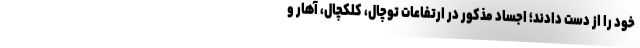
خود را از دست دادند؛ اجساد مذکور در ارتفاعات توچال، کلکچال، آهار و